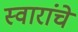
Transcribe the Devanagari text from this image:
स्वारांचे